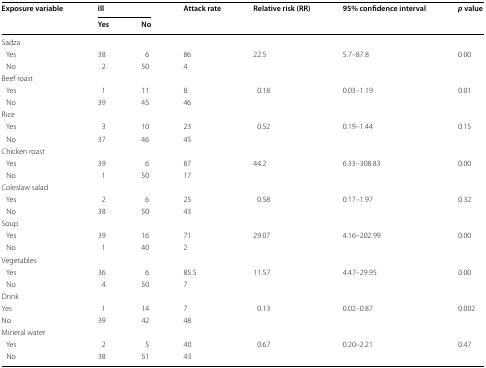
<table><thead><tr><td rowspan="2"><b>Exposure variable</b></td><td colspan="2"><b>Ill</b></td><td rowspan="2"><b>Attack rate</b></td><td rowspan="2"><b>Relative risk (RR)</b></td><td rowspan="2"><b>95% confidence interval</b></td><td rowspan="2"><b><i>p</i> value</b></td></tr><tr><td><b>Yes</b></td><td><b>No</b></td></tr></thead><tbody><tr><td colspan="7">Sadza</td></tr><tr><td> Yes</td><td>38</td><td>6</td><td>86</td><td rowspan="2">22.5</td><td rowspan="2">5.7–87.8</td><td rowspan="2">0.00</td></tr><tr><td> No</td><td>2</td><td>50</td><td>4</td></tr><tr><td colspan="7">Beef roast</td></tr><tr><td> Yes</td><td>1</td><td>11</td><td>8</td><td rowspan="2">0.18</td><td rowspan="2">0.03–1.19</td><td rowspan="2">0.01</td></tr><tr><td> No</td><td>39</td><td>45</td><td>46</td></tr><tr><td colspan="7">Rice</td></tr><tr><td> Yes</td><td>3</td><td>10</td><td>23</td><td rowspan="2">0.52</td><td rowspan="2">0.19–1.44</td><td rowspan="2">0.15</td></tr><tr><td> No</td><td>37</td><td>46</td><td>45</td></tr><tr><td colspan="7">Chicken roast</td></tr><tr><td> Yes</td><td>39</td><td>6</td><td>87</td><td rowspan="2">44.2</td><td rowspan="2">6.33–308.83</td><td rowspan="2">0.00</td></tr><tr><td> No</td><td>1</td><td>50</td><td>17</td></tr><tr><td colspan="7">Coleslaw salad</td></tr><tr><td> Yes</td><td>2</td><td>6</td><td>25</td><td rowspan="2">0.58</td><td rowspan="2">0.17–1.97</td><td rowspan="2">0.32</td></tr><tr><td> No</td><td>38</td><td>50</td><td>43</td></tr><tr><td colspan="7">Soup</td></tr><tr><td> Yes</td><td>39</td><td>16</td><td>71</td><td rowspan="2">29.07</td><td rowspan="2">4.16–202.99</td><td rowspan="2">0.00</td></tr><tr><td> No</td><td>1</td><td>40</td><td>2</td></tr><tr><td colspan="7">Vegetables</td></tr><tr><td> Yes</td><td>36</td><td>6</td><td>85.5</td><td rowspan="2">11.57</td><td rowspan="2">4.47–29.95</td><td rowspan="2">0.00</td></tr><tr><td> No</td><td>4</td><td>50</td><td>7</td></tr><tr><td colspan="7">Drink</td></tr><tr><td>Yes</td><td>1</td><td>14</td><td>7</td><td rowspan="2">0.13</td><td rowspan="2">0.02–0.87</td><td rowspan="2">0.002</td></tr><tr><td>No</td><td>39</td><td>42</td><td>48</td></tr><tr><td colspan="7">Mineral water</td></tr><tr><td> Yes</td><td>2</td><td>5</td><td>40</td><td rowspan="2">0.67</td><td rowspan="2">0.20–2.21</td><td rowspan="2">0.47</td></tr><tr><td> No</td><td>38</td><td>51</td><td>43</td></tr></tbody></table>